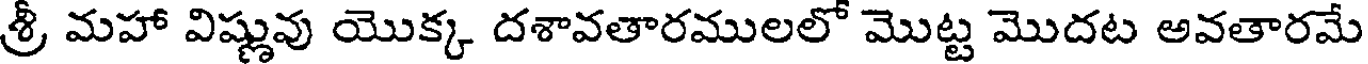
శ్రీ మహా విష్ణువు యొక్క దశావతారములలో మొట్ట మొదట అవతారమే